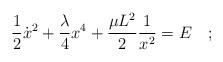
LaTeX: \begin{align*}{1\over 2}{\dot x}^2+{\lambda \over 4}x^4+{\mu L^2\over 2}{1\over x^2}=E~~~;\end{align*}